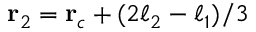
\mathbf { r } _ { 2 } = \mathbf { r } _ { c } + ( 2 \boldsymbol { \ell } _ { 2 } - \boldsymbol { \ell } _ { 1 } ) / 3